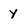
Character: y